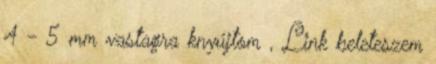
4 - 5 mm vastagra knyújtom , Link beleteszem